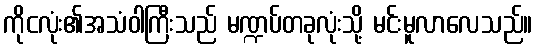
ကိုငလုံး၏အသံဝါကြီးသည် မဏ္ဍပ်တခုလုံးသို့ မင်းမူလာလေသည်။